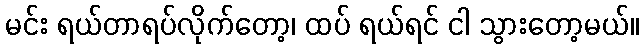
မင်း ရယ်တာရပ်လိုက်တော့၊ ထပ် ရယ်ရင် ငါ သွားတော့မယ်။